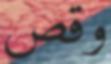
وقص